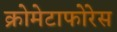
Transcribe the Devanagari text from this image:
क्रोमेटाफोरेस